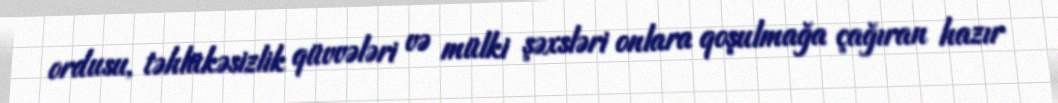
ordusu, təhlükəsizlik qüvvələri və mülki şəxsləri onlara qoşulmağa çağıran hazır